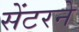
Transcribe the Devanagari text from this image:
सेंटरने